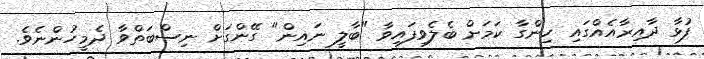
ފުޅާ ދާއިރާއެއްގައި ހިންގާ ކަމަށް ބެލެވިފައިވާ "ބާލީ ނައިން" ގޭންގަށް ނިސްބަތްވާ ދެމީހުންނެވެ.